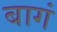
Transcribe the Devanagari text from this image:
बागं